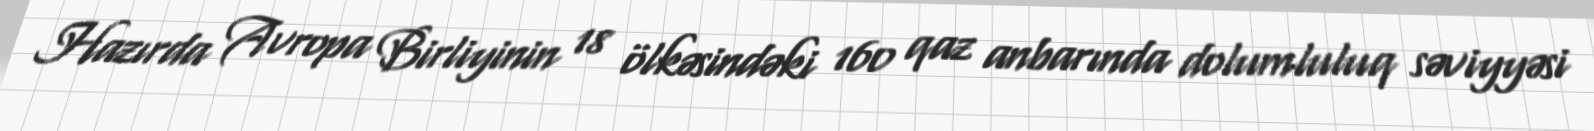
Hazırda Avropa Birliyinin 18 ölkəsindəki 160 qaz anbarında dolumluluq səviyyəsi